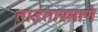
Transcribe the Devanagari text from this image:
ताईताप्रमाणे